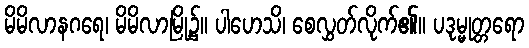
မိမိလာနဂရေ၊ မိမိလာမြို့၌။ ပါဟေသိ၊ စေလွှတ်လိုက်၏။ ပဒုမ္မုတ္တရော